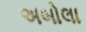
અબોલા